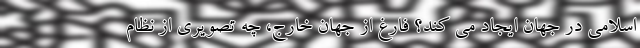
اسلامی در جهان ایجاد می کند؟ فارغ از جهان خارج، چه تصویری از نظام